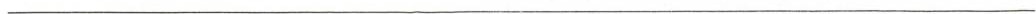
___